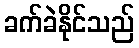
ခက်ခဲနိုင်သည်